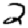
Digit: 2